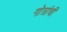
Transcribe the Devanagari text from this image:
गोत्रांची